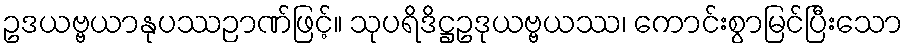
ဥဒယဗ္ဗယာနုပဿဉာဏ်ဖြင့်။ သုပရိဒိဋ္ဌဥဒုယဗ္ဗယဿ၊ ကောင်းစွာမြင်ပြီးသော